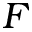
F